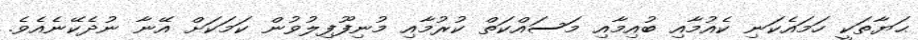
ޙަޔާތަކީ ހަމައެކަނި ކެއުމާއި ބުއިމާއި މަސައްކަތް ކުރުމާއި މުނިފޫފިލުވުން ކަމަކަށް އޭނާ ނުދެކޭނެއެވެ.